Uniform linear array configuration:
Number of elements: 32
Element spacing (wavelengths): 1
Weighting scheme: kaiser
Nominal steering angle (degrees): -15
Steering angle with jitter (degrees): -15.114
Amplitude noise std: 0.05
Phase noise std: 0.05

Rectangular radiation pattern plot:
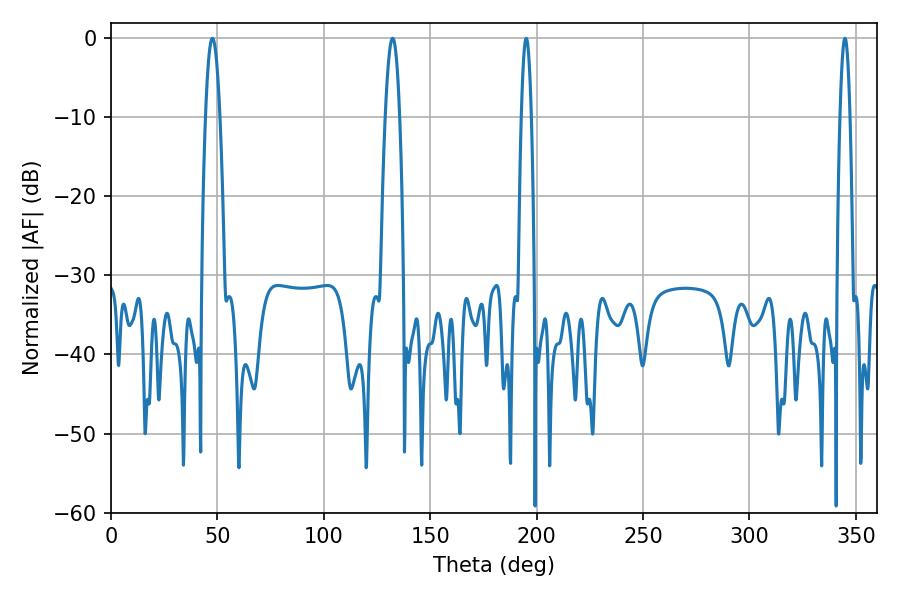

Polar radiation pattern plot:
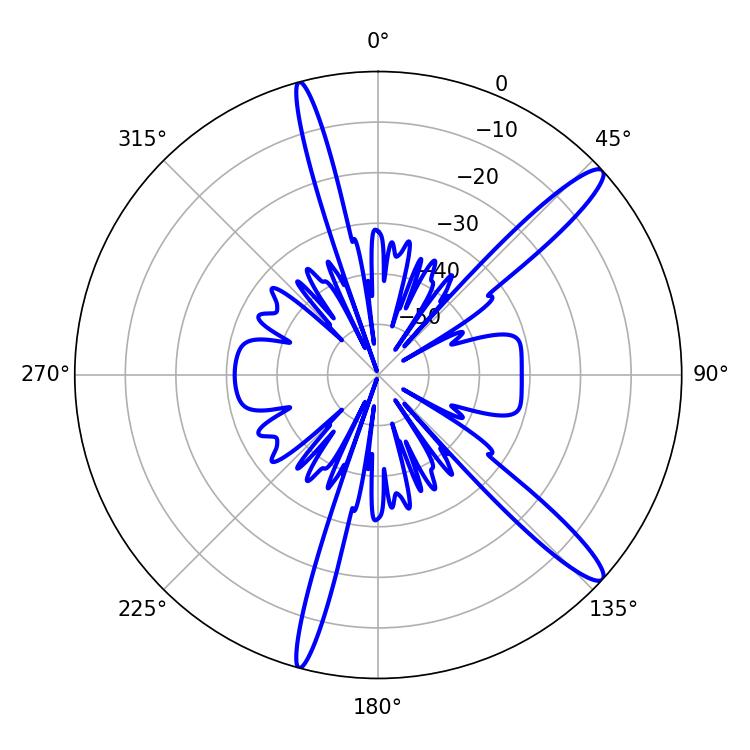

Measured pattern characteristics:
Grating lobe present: TRUE
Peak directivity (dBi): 14.041
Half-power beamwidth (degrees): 2.52
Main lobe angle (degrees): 195.12